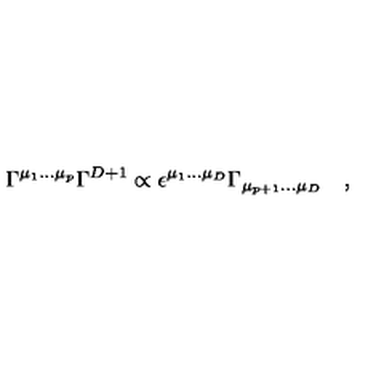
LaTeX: \Gamma ^ { \mu _ { 1 } \dots \mu _ { p } } \Gamma ^ { D + 1 } \propto \epsilon ^ { \mu _ { 1 } \dots \mu _ { D } } \Gamma _ { \mu _ { p + 1 } \dots \mu _ { D } } \quad ,